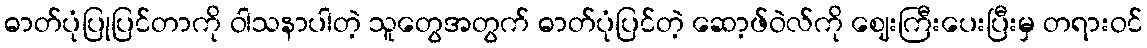
ဓာတ်ပုံပြုပြင်တာကို ဝါသနာပါတဲ့ သူတွေအတွက် ဓာတ်ပုံပြင်တဲ့ ဆော့ဖ်ဝဲလ်ကို ဈေးကြီးပေးပြီးမှ တရားဝင်